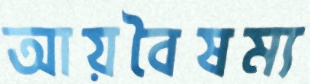
আয়বৈষম্য